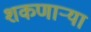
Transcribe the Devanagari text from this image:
शकणार्‍या